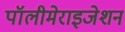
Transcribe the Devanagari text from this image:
पॉलीमेराइजेशन